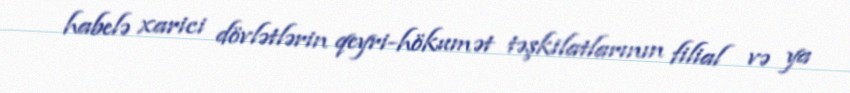
habelə xarici dövlətlərin qeyri-hökumət təşkilatlarının filial və ya